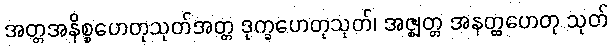
အတ္တအနိစ္စဟေတုသုတ်အတ္တ ဒုက္ခဟေတုသုတ်၊ အဇ္ဈတ္တ အနတ္ထဟေတု သုတ်